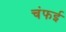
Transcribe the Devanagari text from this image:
चंफई